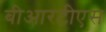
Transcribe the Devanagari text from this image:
बीआरटीएस